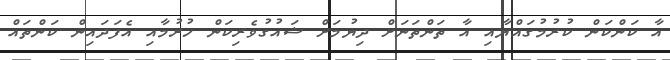
އާ ކަންކަން ކުރުމުގައްޔާއި އާ ތަންތަނަށް ދިޔުމަށް ޝައުގުވެރިކަން ހުރުމާއި އެފަދައިން ކަންތައް